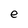
Character: e